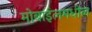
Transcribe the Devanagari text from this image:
मोबाईलमधील